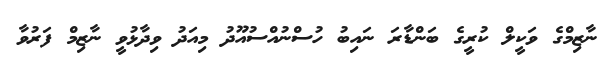
ނާޒިމްގެ ވަކީލް ކުރީގެ ބަންޑާރަ ނައިބު ހުސްނުއްސުއޫދު މިއަދު ވިދާޅުވީ ނާޒިމް ފަރުވާ